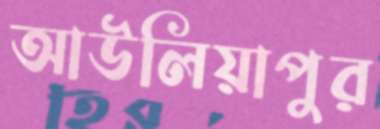
আউলিয়াপুর